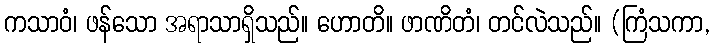
ကသာဝံ၊ ဖန်သော အရာသာရှိသည်။ ဟောတိ။ ဖာဏိတံ၊ တင်လဲသည်။ (ကြံသကာ,